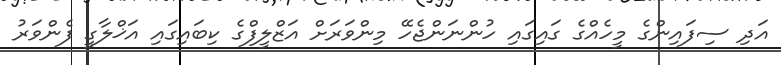
އަދި ސިފައިންގެ މީހެއްގެ ގައިގައި ހުންނަންޖެހޭ މިންވަރަށް އަޒްލީފްގެ ކިބައިގައި އަޚްލާގީ ފެންވަރު